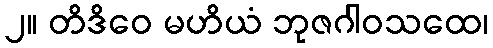
၂။ တိဒိဝေ မဟိယံ ဘုဇဂါဝသထေ၊